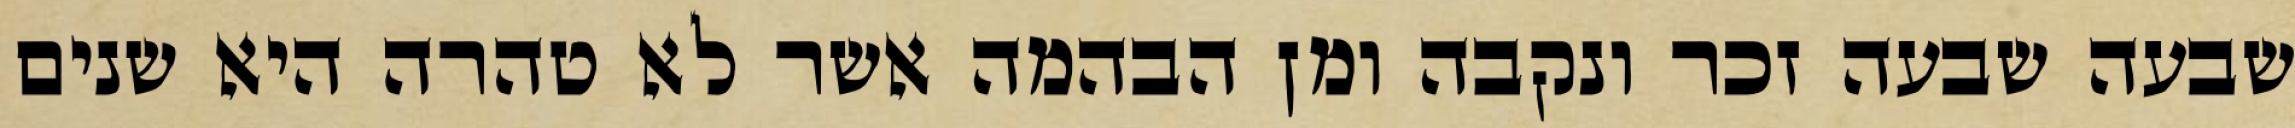
שבעה שבעה זכר ונקבה ומן הבהמה אשר לא טהרה היא שנים